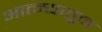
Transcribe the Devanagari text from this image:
आत्म्यातून